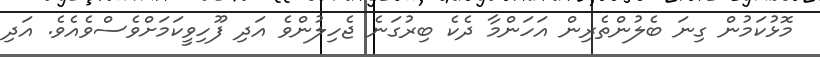
މޮޅުކަމުން ގިނަ ބެލުންތެރިން އަހަންމާ ދެކެ ބިރުގަނެ ޖެހިލުންވެ އަދި ފޫހިވީކަމަށްވެސްވެއެވެ. އަދި